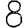
Digit: 8